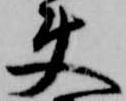
使